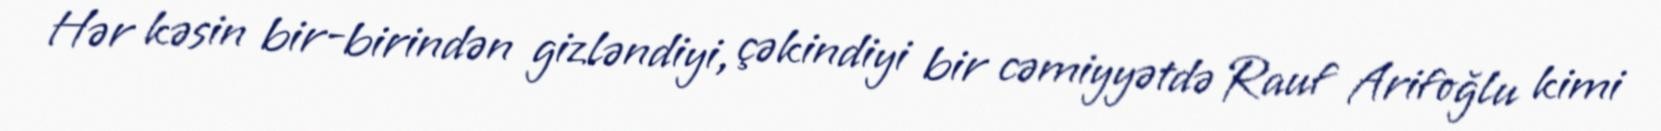
Hər kəsin bir-birindən gizləndiyi, çəkindiyi bir cəmiyyətdə Rauf Arifoğlu kimi